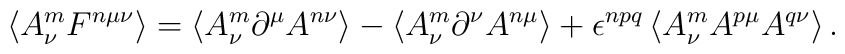
\left\langle A^m_\nu F^{n\mu\nu} \right\rangle =  \left\langle A^m_\nu \partial^\mu A^{n\nu} \right\rangle -  \left\langle A^m_\nu \partial^\nu A^{n\mu} \right\rangle +  \epsilon^{npq} \left\langle A^m_\nu A^{p\mu} A^{q\nu} \right\rangle .